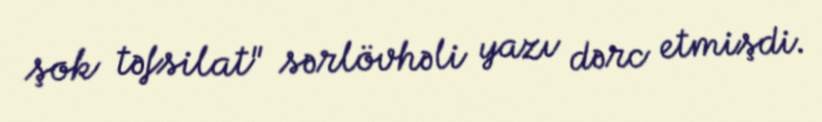
şok təfsilat" sərlövhəli yazı dərc etmişdi.